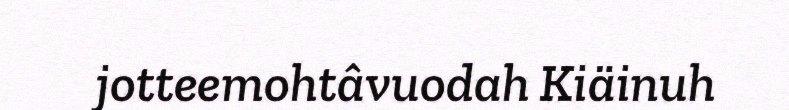
jotteemohtâvuodah Kiäinuh